Report on the working of the Ranchi Indian Mental Hospital, Kanke, in Bihar and Orissa - 1930-1940
Year: 1930
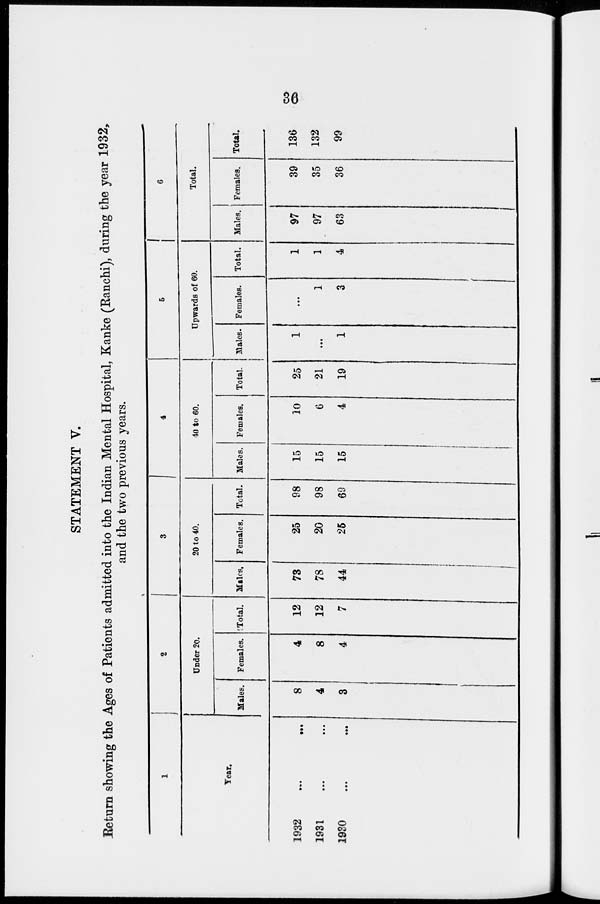
36
STATEMENT V.
Return showing the Ages of Patients admitted into the Indian Mental Hospital, Kanke (Ranchi), during the year 1932,
and the two previous years.
1
Year.
1932...
...
1931...
...
1930...
...
2
Under 20.
Males.
8
4
3
Females.
4
8
4
Total.
12
12
7
3
20 to 40.
Males.
73
78
44
Females.
25
20
25
Total.
98
98
69
4
40 to 60.
Males.
15
15
15
Females.
10
6
4
Total.
25
21
19
5
Upwards of 60.
Males.
1
...
1
Females.
...
1
3
Total.
1
1
4
6
Total.
Males.
97
97
63
Females.
39
35
36
Total.
136
132
99